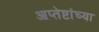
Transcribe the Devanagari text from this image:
आप्‍तेष्टांच्या